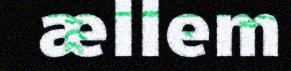
ællem